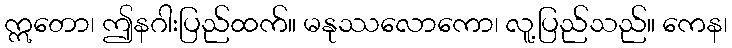
ဣတော၊ ဤနဂါးပြည်ထက်။ မနုဿလောကော၊ လူ့ပြည်သည်။ ကေန၊